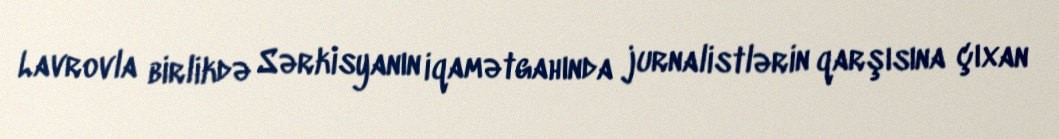
Lavrovla birlikdə Sərkisyanın iqamətgahında jurnalistlərin qarşısına çıxan